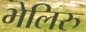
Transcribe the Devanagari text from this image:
भेलिरु